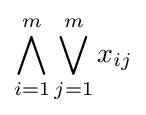
\bigwedge _{i=1}^{m}\bigvee _{j=1}^{m}x_{ij}